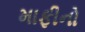
માફીનો